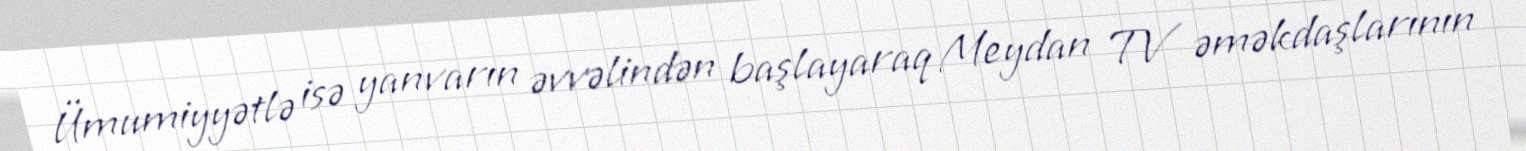
Ümumiyyətlə isə yanvarın əvvəlindən başlayaraq Meydan TV əməkdaşlarının